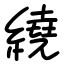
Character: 繞